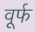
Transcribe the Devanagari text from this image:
वूर्फ